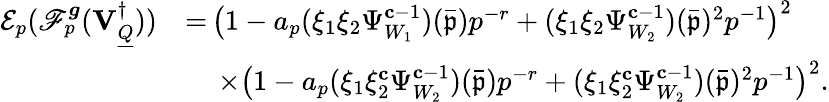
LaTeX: \begin{array}{rl}{\mathcal{E}_{p}(\mathscr{F}_{p}^{{\boldsymbol{g}}}({\mathbf{V}_{\underline{{Q}}}^{\dagger}}))}&{=\, \bigr(1-a_{p}(\xi_{1}\xi_{2}\Psi_{W_{1}}^{\mathbf{c}-1})(\bar{\mathfrak{p}})p^{-r}+(\xi_{1}\xi_{2}\Psi_{W_{2}}^{\mathbf{c}-1})(\bar{\mathfrak{p}})^{2}p^{-1}\bigl)^{2}}\\ &{\quad\, \times\bigr(1-a_{p}(\xi_{1}\xi_{2}^{\mathbf{c}}\Psi_{W_{2}}^{\mathbf{c}-1})(\bar{\mathfrak{p}})p^{-r}+(\xi_{1}\xi_{2}^{\mathbf{c}}\Psi_{W_{2}}^{\mathbf{c}-1})(\bar{\mathfrak{p}})^{2}p^{-1}\bigl)^{2}.}\end{array}